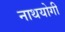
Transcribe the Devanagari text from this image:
नाथयोगी